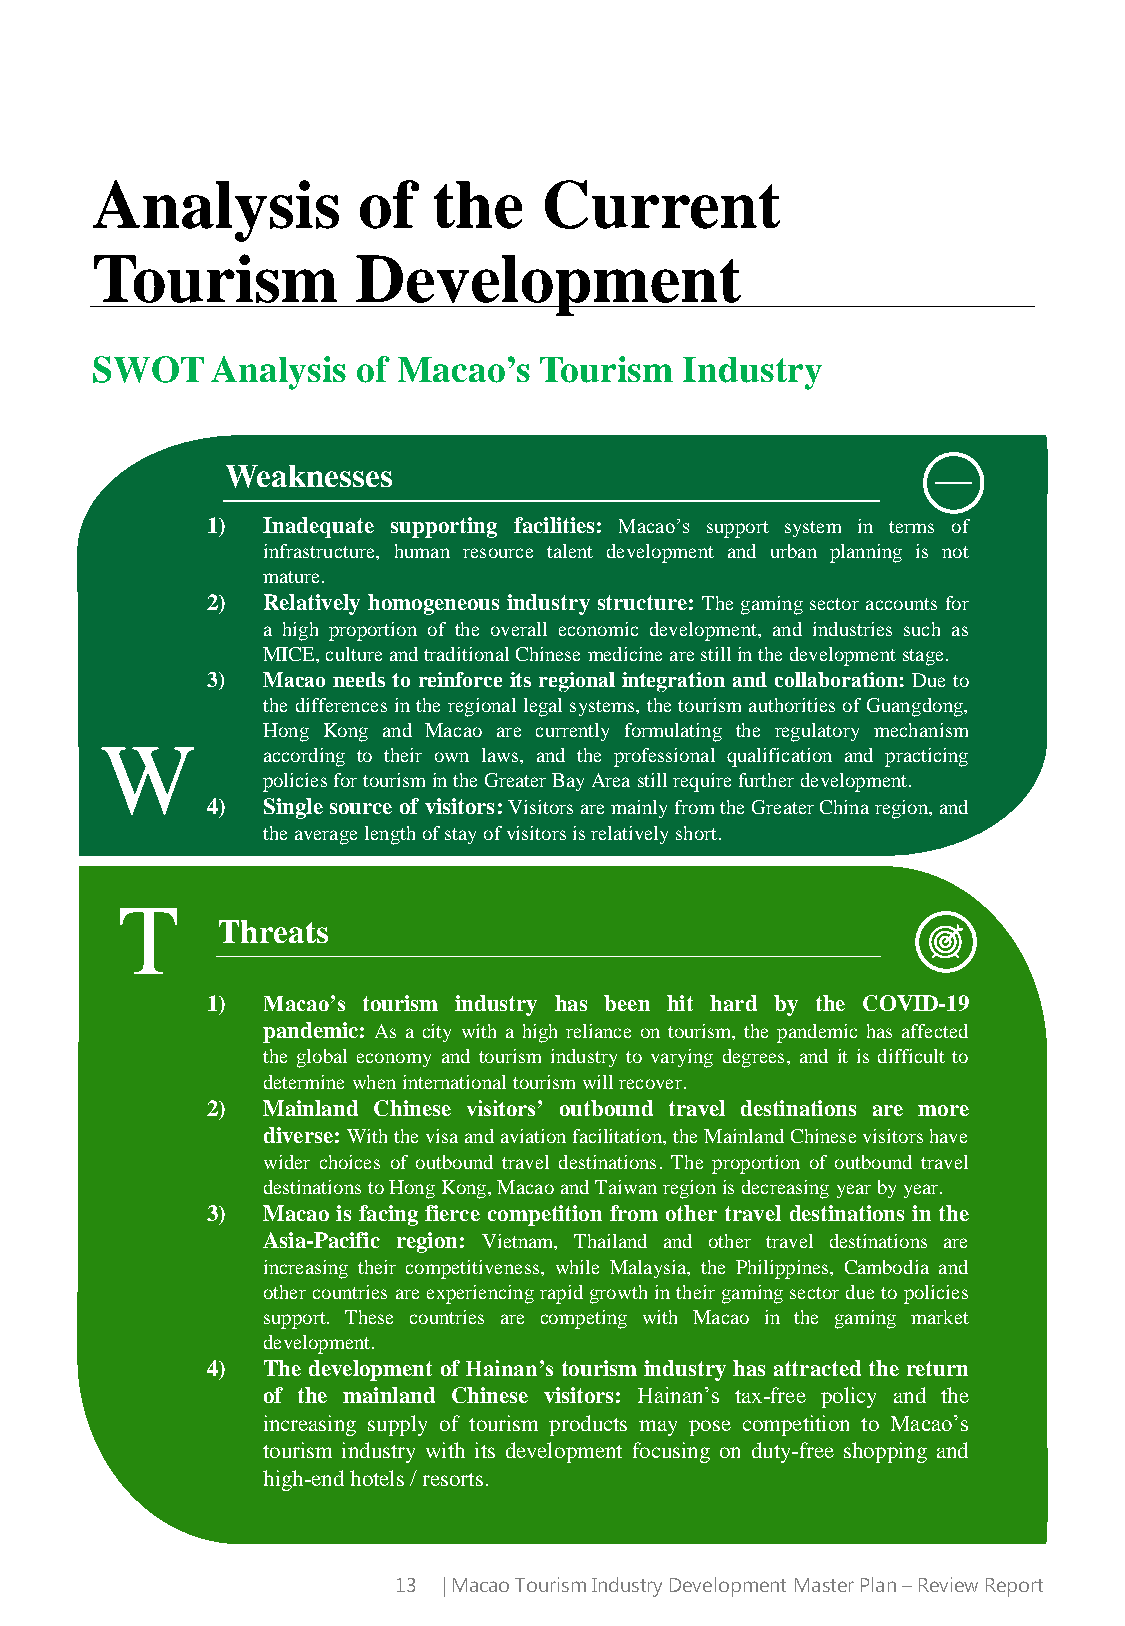
Analysis          of   the    Current
 Tourism           Development
 SWOT    Analysis  of Macao’s  Tourism  Industry
 Weaknesses
 1) Inadequate supporting facilities: Macao’s support system in terms of
 infrastructure, human resource talent development and urban planning is not
 mature.
 2) Relatively homogeneous industry structure: Thegamingsector accounts for
 a high proportion of the overall economic development, and industries such as
 MICE,cultureandtraditionalChinesemedicinearestillinthedevelopmentstage.
 3) Macao needs to reinforce its regional integration and collaboration: Due to
 the differences inthe regional legal systems, the tourismauthoritiesof Guangdong,
 Hong Kong and Macao are currently formulating the regulatory mechanism
 W
 according to their own laws, and the professional qualification and practicing
 policiesfortourismintheGreaterBayAreastillrequirefurtherdevelopment.
 4) Single source of visitors:VisitorsaremainlyfromtheGreaterChinaregion,and
 theaveragelengthofstayofvisitorsisrelativelyshort.
 T
 Threats
 1) Macao’s tourism industry has been hit hard by the COVID-19
 pandemic: As a city with a high reliance on tourism, the pandemic has affected
 the global economy and tourism industry to varying degrees, and it is difficult to
 determinewheninternationaltourismwillrecover.
 2) Mainland Chinese visitors’ outbound travel destinations are more
 diverse: Withthevisaandaviationfacilitation,theMainlandChinesevisitorshave
 wider choices of outbound travel destinations. The proportion of outbound travel
 destinationstoHongKong,MacaoandTaiwanregionisdecreasingyearbyyear.
 3) Macao is facing fierce competition from other travel destinations in the
 Asia-Pacific region: Vietnam, Thailand and other travel destinations are
 increasing their competitiveness, while Malaysia, the Philippines, Cambodia and
 othercountries are experiencingrapidgrowthintheirgamingsectorduetopolicies
 support. These countries are competing with Macao in the gaming market
 development.
 4) The development of Hainan’s tourism industry has attracted the return
 of the mainland Chinese visitors: Hainan’s tax-free policy and the
 increasing supply of tourism products may pose competition to Macao’s
 tourism industry with its development focusing on duty-free shopping and
 high-endhotels/resorts.
 13 | Macao Tourism Industry Development Master Plan –Review Report